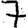
Digit: 7